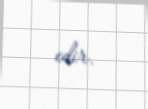
edir.